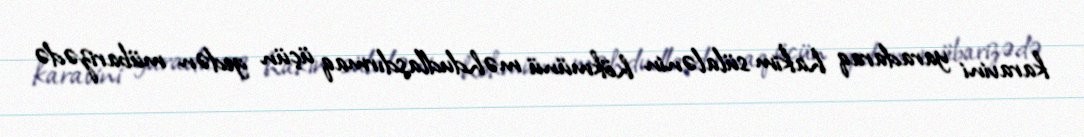
karavini yaradaraq hakim sülalənin hökmünü məhdudlaşdırmaq üçün gedən mübarizədə